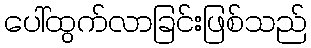
ပေါ်ထွက်လာခြင်းဖြစ်သည်